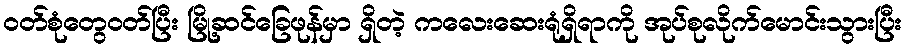
ဝတ်စုံတွေဝတ်ပြီး မြို့ဆင်ခြေဖုန်မှာ ရှိတဲ့ ကလေးဆေးရုံရှိရာကို အုပ်စုလိုက်မောင်းသွားပြီး